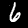
Label: 6